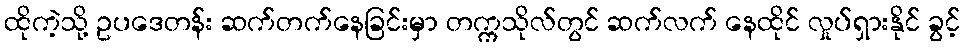
ထိုကဲ့သို့ ဥပဒေတန်း ဆက်တက်နေခြင်းမှာ တက္ကသိုလ်တွင် ဆက်လက် နေထိုင် လှုပ်ရှားနိုင် ခွင့်